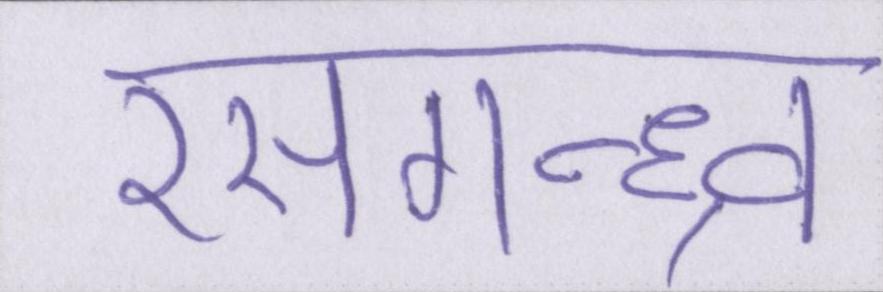
रसगन्ध्र्व